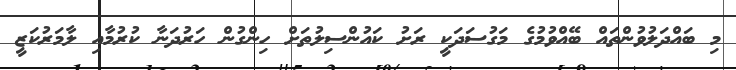
މި ބައްދަލުވުންތައް ބޭއްވުމުގެ މަގުސަދަކީ ރަށު ކައުންސިލުތަށް ހިންގުން ހަރުދަނާ ކުރުމާއި ލާމަރުކަޒީ